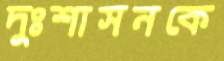
দুঃশাসনকে